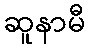
ဆူနာမီ